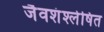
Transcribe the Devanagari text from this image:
जैवशंश्लेषित